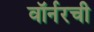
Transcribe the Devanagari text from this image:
वॉर्नरची